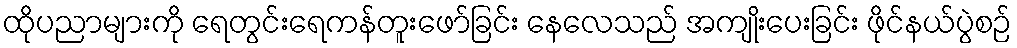
ထိုပညာများကို ရေတွင်းရေကန်တူးဖော်ခြင်း နေလေသည် အကျိုးပေးခြင်း ဖိုင်နယ်ပွဲစဉ်